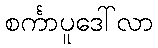
စင်္ကာပူဒေါ်လာ